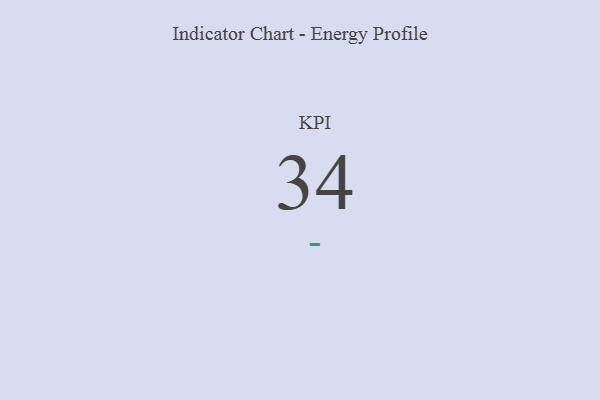
{"axis": {"x": "KPI", "y": "Value"}, "legend": [""], "data": [{"x": "KPI", "y": 34, "type": ""}]}